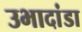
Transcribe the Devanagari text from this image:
उभादांडा